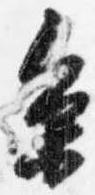
参